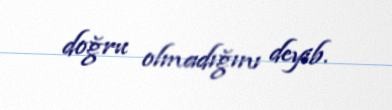
doğru olmadığını deyib.